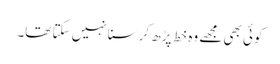
کوئی بھی مجھے وہ خط پڑھ کر سنا نہیں سکتا تھا۔